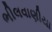
ભીલવાણીયા